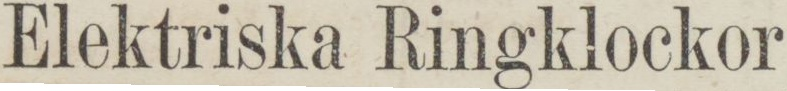
Elektriska Ringklockor